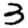
Digit: 3